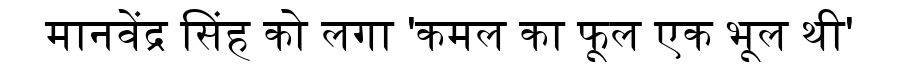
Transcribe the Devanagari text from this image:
मानवेंद्र सिंह को लगा 'कमल का फूल एक भूल थी'